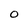
Character: 0